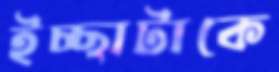
ইচ্ছাটাকে